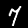
Digit: 7